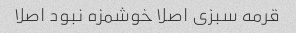
قرمه سبزی اصلا خوشمزه نبود اصلا